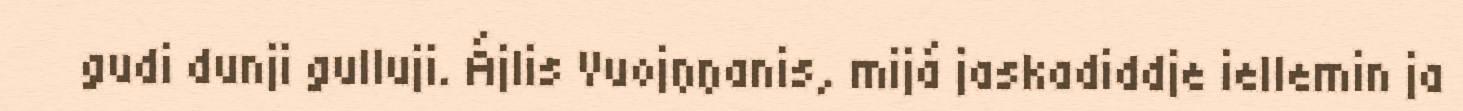
gudi dunji gulluji. Ájlis Vuojŋŋanis, mijá jaskadiddje iellemin ja